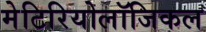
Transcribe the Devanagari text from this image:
मेटिरियोलॉजिकल